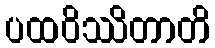
ပထဝိဿိတာတိ